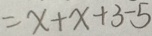
= x + x + 3 - 5